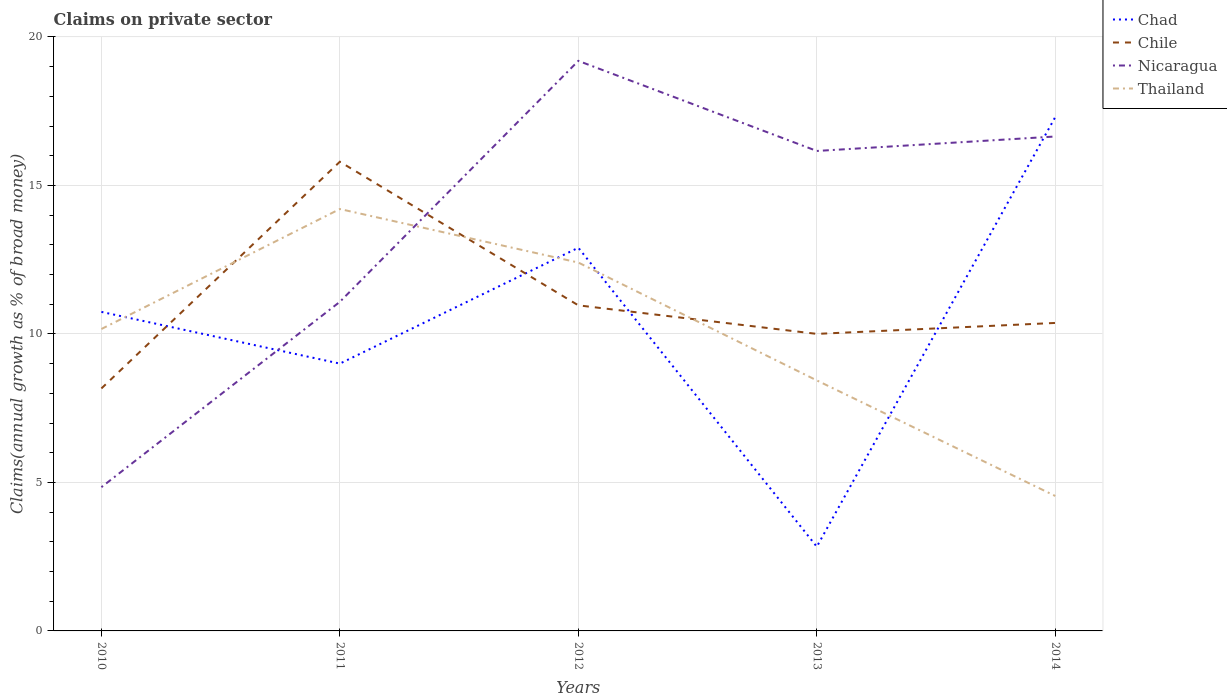
| Years | Chad | Chile | Nicaragua | Thailand |
 | --- | --- | --- | --- | --- |
 | 2010 | 10.7 | 8.16 | 4.84 | 10.2 |
 | 2011 | 9 | 15.8 | 11.1 | 14.2 |
 | 2012 | 12.9 | 11 | 19.2 | 12.4 |
 | 2013 | 2.84 | 10 | 16.2 | 8.44 |
 | 2014 | 17.3 | 10.4 | 16.6 | 4.54 |